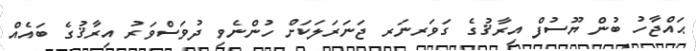
ޙައްޖާހު ބުން ޔޫސުފް އިރާޤުގެ ގަވަރނަރ ޖަނަރަލަކަށް ހުންނެވި ދުވަސްވަރު އިރާޤުގެ ބައެއް